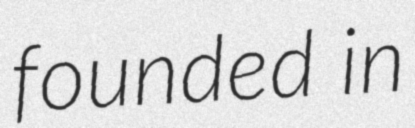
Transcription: founded in